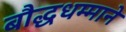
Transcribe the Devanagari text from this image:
बौद्धधम्माने